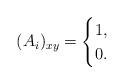
LaTeX: \begin{align*}(A_i)_{xy}=\begin{cases}1 ,\\0 . \end{cases}\end{align*}